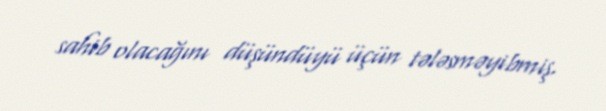
sahib olacağını düşündüyü üçün tələsməyibmiş.